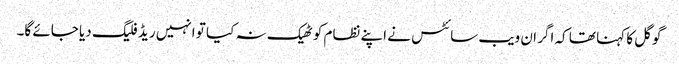
گوگل کا کہنا تھا کہ اگر ان ویب سائٹس نے اپنے نظام کو ٹھیک نہ کیا تو انہیں ریڈ فلیگ دیا جائے گا۔